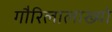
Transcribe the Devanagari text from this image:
गौरिलालाख्यो